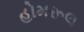
હોમરૂલ